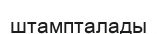
штампталады